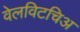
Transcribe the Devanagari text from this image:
वेलविटचिअ